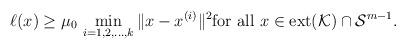
LaTeX: \begin{align*} \ell(x) \geq \mu_0\,\min_{i=1,2,\ldots,k}\|x-x^{(i)}\|^2 \textup{for all $x\in \textup{ext}(\mathcal{K}) \cap \mathcal{S}^{m-1}$}.\end{align*}